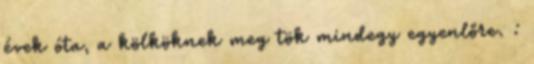
évek óta, a kölköknek meg tök mindegy egyenlőre. :